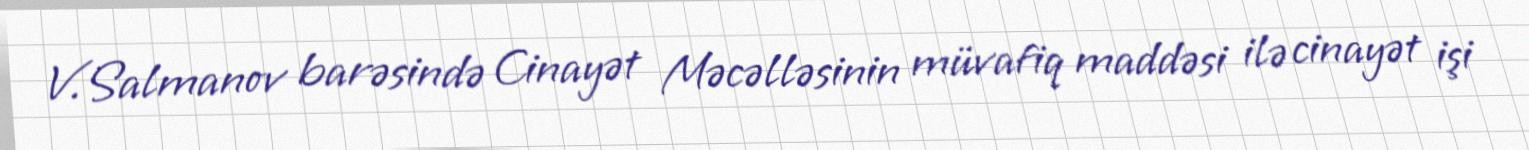
V.Salmanov barəsində Cinayət Məcəlləsinin müvafiq maddəsi ilə cinayət işi